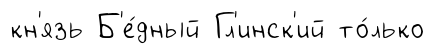
кн'язь Б'е́дный Гл'инск'ий то́лько